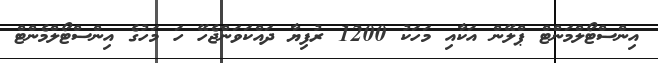
އިންސްޓޯލްމަންޓް ޕްލޭން އަކާއި މަހަކު 1200 ރުފިޔާ ދައްކަވަންޖެހޭ ހަ މަހުގެ އިންސްޓޯލްމެންޓް